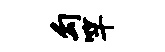
勾竿